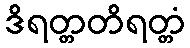
ဒိရတ္တတိရတ္တံ